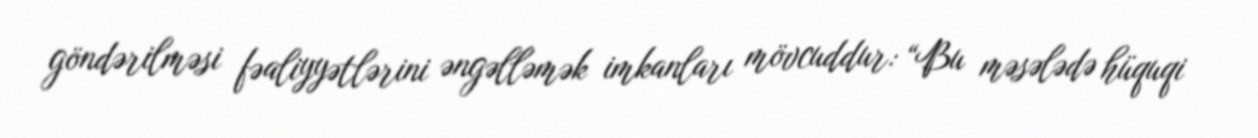
göndərilməsi fəaliyyətlərini əngəlləmək imkanları mövcuddur: “Bu məsələdə hüquqi